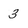
Character: 3